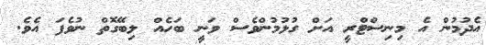
އެދުމުން އެ މިނިސްޓްރީ އަށް ގުޅުމުންވެސް ވަނީ ބަހެއް ލިބޭގޮތް ނުވެފަ އެވެ.